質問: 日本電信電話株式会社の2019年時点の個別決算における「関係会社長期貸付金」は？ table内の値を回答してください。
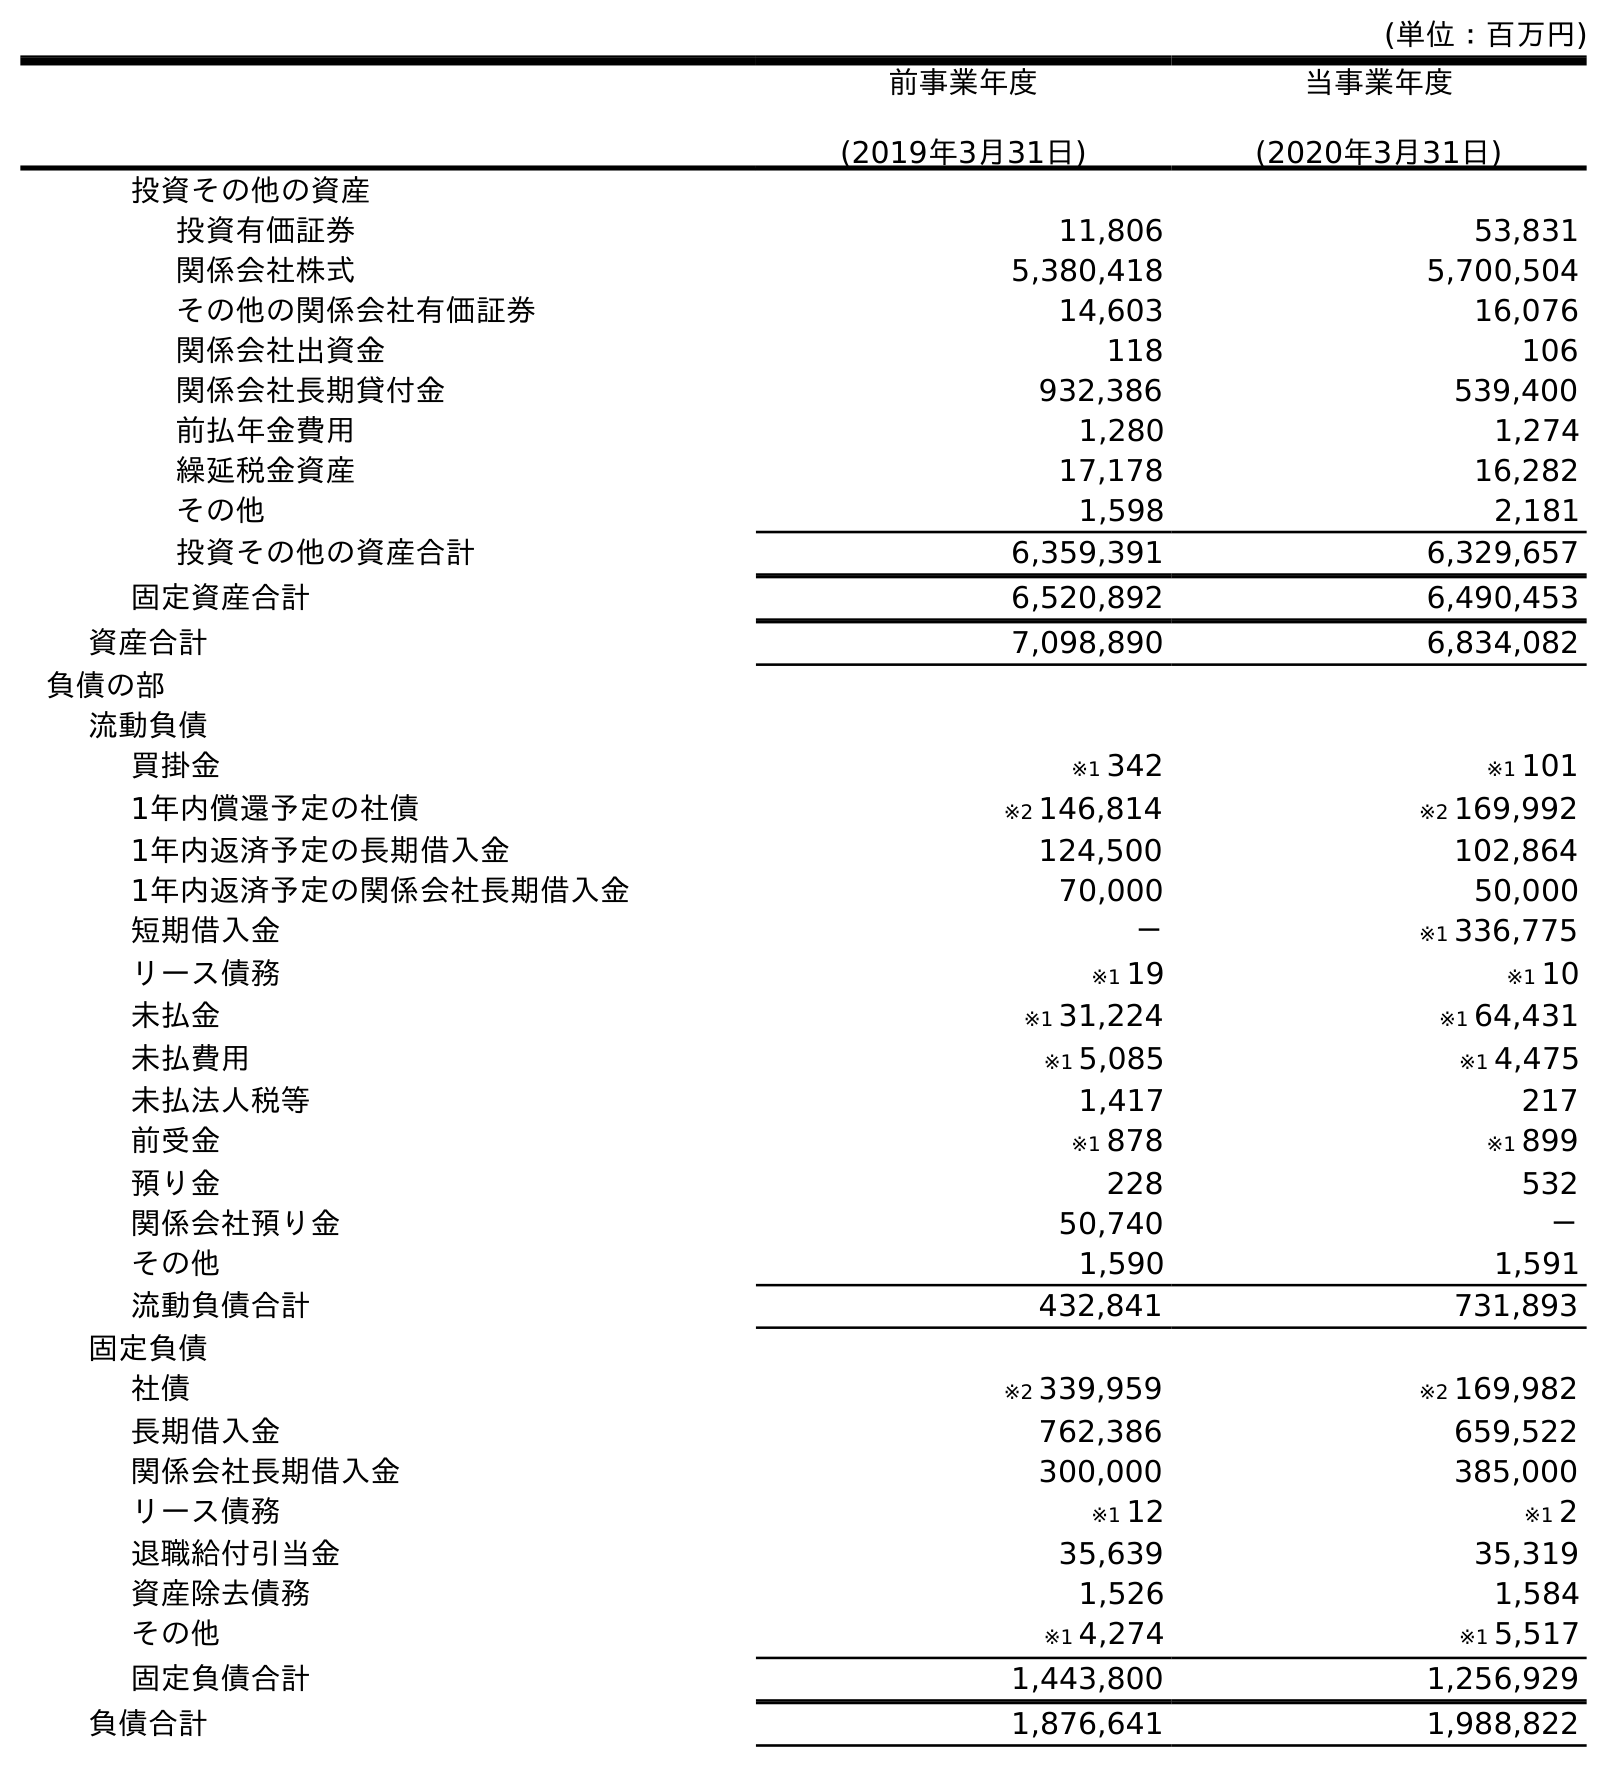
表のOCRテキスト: (単位：百万円) 前事業年度 (2019年3月31日) 当事業年度 (2020年3月31日) 投資その他の資産 投資有価証券 11,806 53,831 関係会社株式 5,380,418 5,700,504 その他の関係会社有価証券 14,603 16,076 関係会社出資金 118 106 関係会社長期貸付金 932,386 539,400 前払年金費用 1,280 1,274 繰延税金資産 17,178 16,282 その他 1,598 2,181 投資その他の資産合計 6,359,391 6,329,657 固定資産合計 6,520,892 6,490,453 資産合計 7,098,890 6,834,082 負債の部 流動負債 買掛金 ※1 342 ※1 101 1年内償還予定の社債 ※2 146,814 ※2 169,992 1年内返済予定の長期借入金 124,500 102,864 1年内返済予定の関係会社長期借入金 70,000 50,000 短期借入金 － ※1 336,775 リース債務 ※1 19 ※1 10 未払金 ※1 31,224 ※1 64,431 未払費用 ※1 5,085 ※1 4,475 未払法人税等 1,417 217 前受金 ※1 878 ※1 899 預り金 228 532 関係会社預り金 50,740 － その他 1,590 1,591 流動負債合計 432,841 731,893 固定負債 社債 ※2 339,959 ※2 169,982 長期借入金 762,386 659,522 関係会社長期借入金 300,000 385,000 リース債務 ※1 12 ※1 2 退職給付引当金 35,639 35,319 資産除去債務 1,526 1,584 その他 ※1 4,274 ※1 5,517 固定負債合計 1,443,800 1,256,929 負債合計 1,876,641 1,988,822
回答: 932,386